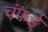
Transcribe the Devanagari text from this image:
चंफई